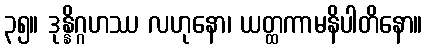
၃၅။ ဒုန္နိဂ္ဂဟဿ လဟုနော၊ ယတ္ထကာမနိပါတိနော။